Scottish Certificate of Education, 1963
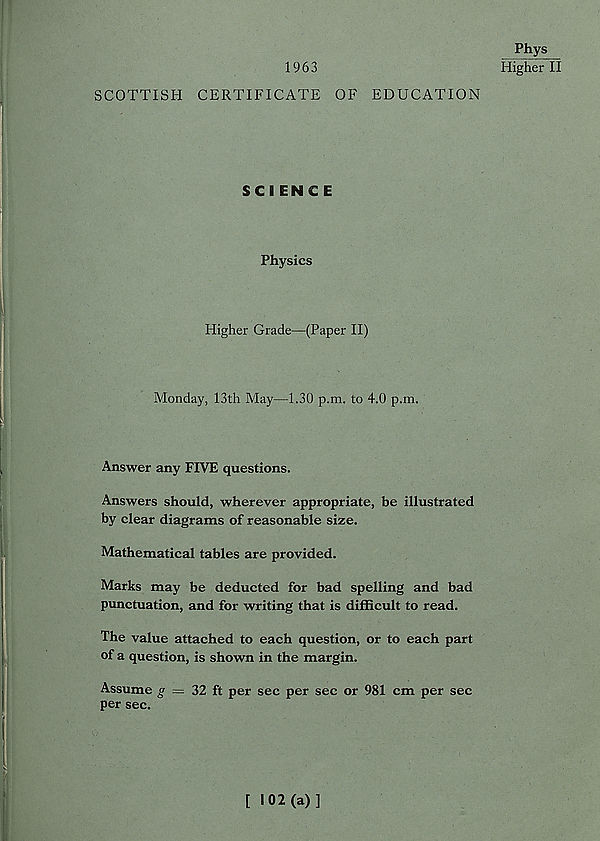
1963
SCOTTISH CERTIFICATE OF EDUCATION
SCIENCE
Physics
Higher Grade—(Paper II)
Monday, 13th May—1.30 p.m. to 4.0 p.m.
Answer any FIVE questions.
Answers should, wherever appropriate, be illustrated
by clear diagrams of reasonable size.
Mathematical tables are provided.
Marks may be deducted for bad spelling and bad
punctuation, and for writing that is difficult to read.
The value attached to each question, or to each part
of a question, is shown in the margin.
Assume g = 32 ft per sec per sec or 981 cm per sec
per sec.
Phys
Higher II
[ 102(a)]